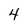
Character: 4